Scientific memoirs by medical officers of the Army of India - Part VIII,
Year: 1894
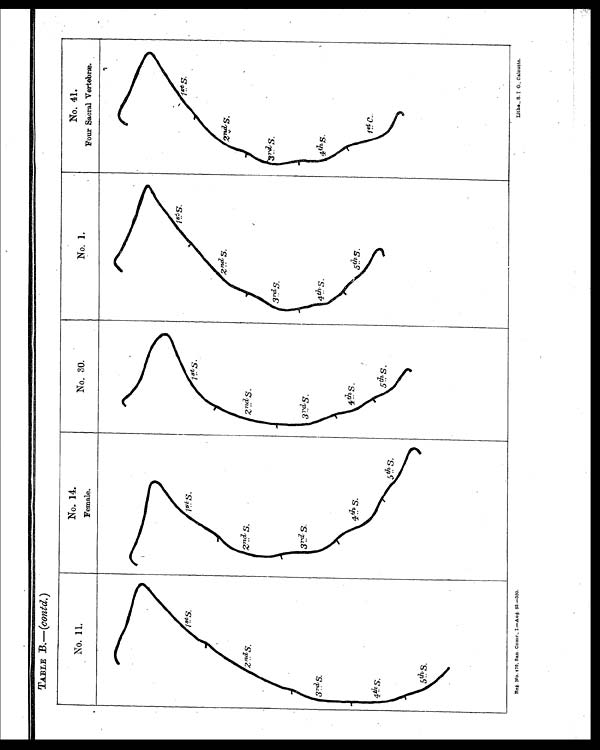
TABLE B.—(contd.)
Reg. No. 476, San. Comr., I.—Aug. 93.—350.
Litho., S. I. O., Calcutta.